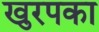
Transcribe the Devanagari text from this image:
खुरपका